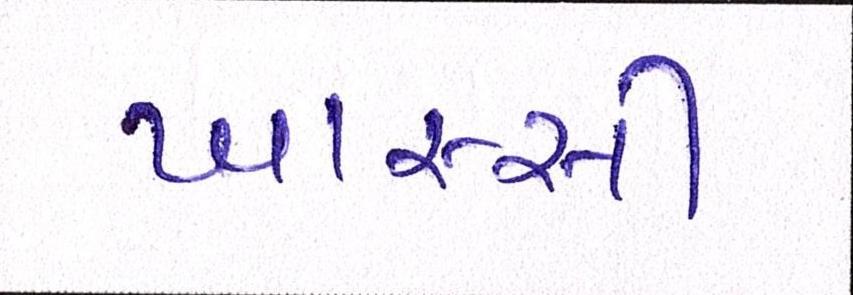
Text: ખાસ્સી